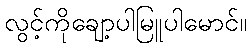
လွင့်ကိုချော့ပါမြူပါမောင်။